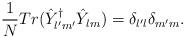
LaTeX: \begin{align*}\frac{1}{N}Tr(\hat{Y}^{\dagger}_{l^{\prime}m^{\prime}}\hat{Y}_{lm})=\delta_{l^{\prime}l}\delta_{m^{\prime}m}. \end{align*}